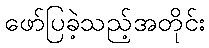
ဖော်ပြခဲ့သည့်အတိုင်း